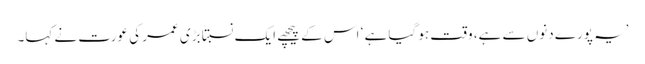
’یہ پورے دنوں سے ہے، وقت ہو گیا ہے ‘ اس کے پیچھے ایک نسبتاً بڑی عمر کی عورت نے کہا۔